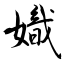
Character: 嬂